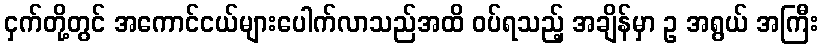
ငှက်တို့တွင် အကောင်ငယ်များပေါက်လာသည်အထိ ဝပ်ရသည့် အချိန်မှာ ဥ အရွယ် အကြီး